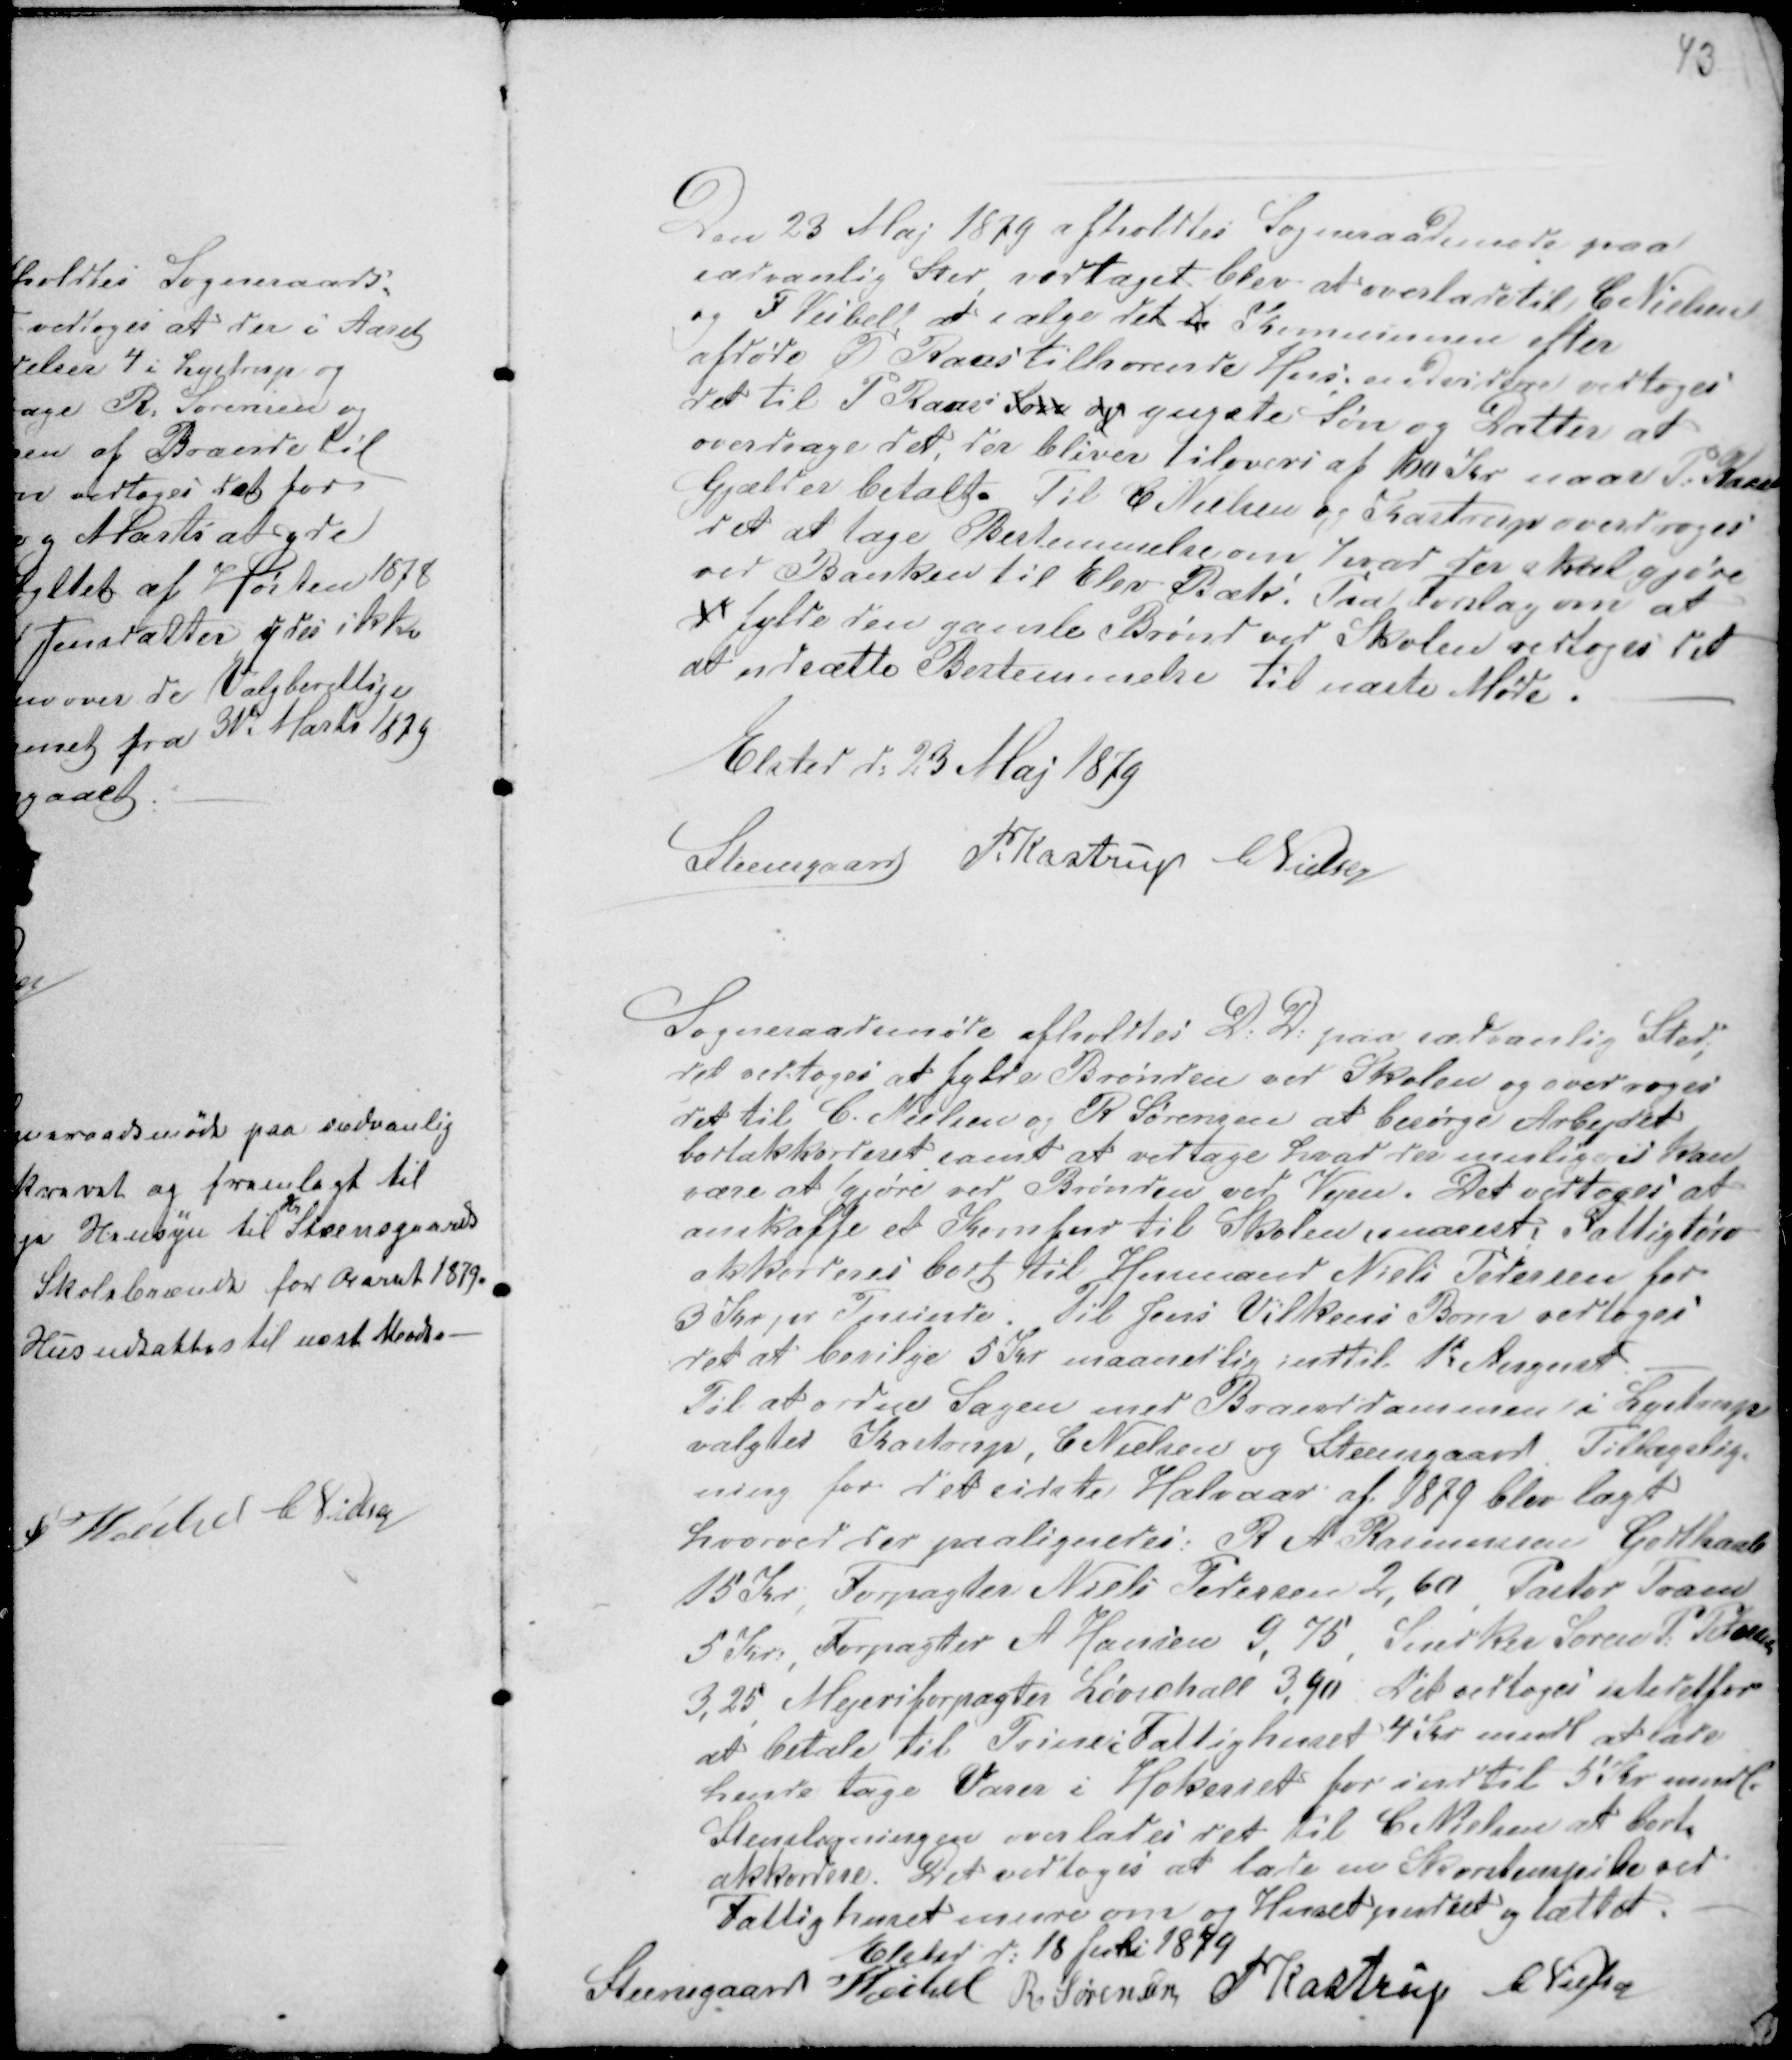
Transskription:
43

Den 23 Maj 1879 afholdtes Sogneraadsmøde paa
sædvanlig Sted, vedtaget blev at overlade til C Nielsen
og F Veibell at sælge det .... Kommunen efter
afdøde P Raus tilhørende Hus: endvidere vedtoges
det til P Rauss Søn og yngste Søn og Datter at
overdrage det, der bliver tilovers af 100 Kr naar P Raus
Gjæld er betalt. Til C Nielsen og Kastrup overdroges
det at tage Bestemmelse om hvad der skal gjøre
ved Banken til Elev Præ. Fra Forslag om at
d fylde den gamle Brønd ved Skolen vedtoges det
at udsætte Bestemmelse til næste Møde. -
Elsted d: 23 Maj 1879
Steensgaard PKastrup CNielsen

Sogneraadsmøde afholdtes D.D. paa sædvanlig Sted,
det vedtoges at fylde Brønden ved Skolen og overdroges
det til C. Nielsen og R Sørensen at besørge Arbejdet
bortakkorderet samt at vedtage hvad der muligvis kan
være at gjøre ved Brønden ved Vejen. Det vedtoges at
anskaffe et Komfur til Skolen snarest. Fattigtørv
akkorderes bort til Husmand Niels Pedersen for
3 Kr pr Tusinde Til Jens Vilkens Børn vedtoges
det at bevilge 5 Kr maanedlig indtil 1te August.
Til at ordne Sagen med Branddammen i Lystrup
valgtes Kastrup, C Nielsen og Steensgaard. Tillægslig-
ning for det sidste Halvaar af 1879 blev lagt
hvorved der paalignedes: R A Rasmussen Godthaab
15 Kr, Forpagter Niels Pedersen 2,60, Pastor Trane
5 Kr, Forpagter A Hansen 9,75, Snedker Søren P: Petersen
3,25 Mejeriforpagter Løvschall 3,90. Det vedtoges istedetfor
at betale til Trine i Fattighuset 4 Kr mndl at lade
hende tage Varer i Høkeriet for indtil 5 Kr mndl.
Stenslagningen overlades det til C Nielsen at bort-
akkordere. Det vedtoges at lade en Skorstenspibe ved
Fattighuset mure om og Huset pudset og tættet.
Elsted d: 18 Juli 1879
Steensgaard Veibel R Sørensen PKastrup C Nielsen